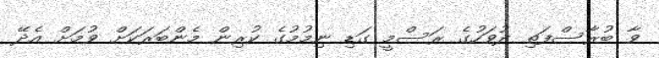
ވާ ބުރާސްފަތި ދުވަހުގެ ރަސްމީ ގަޑި ނިމުމުގެ ކުރިން މެންބަރަކަށް ވުމަށް އެދޭ